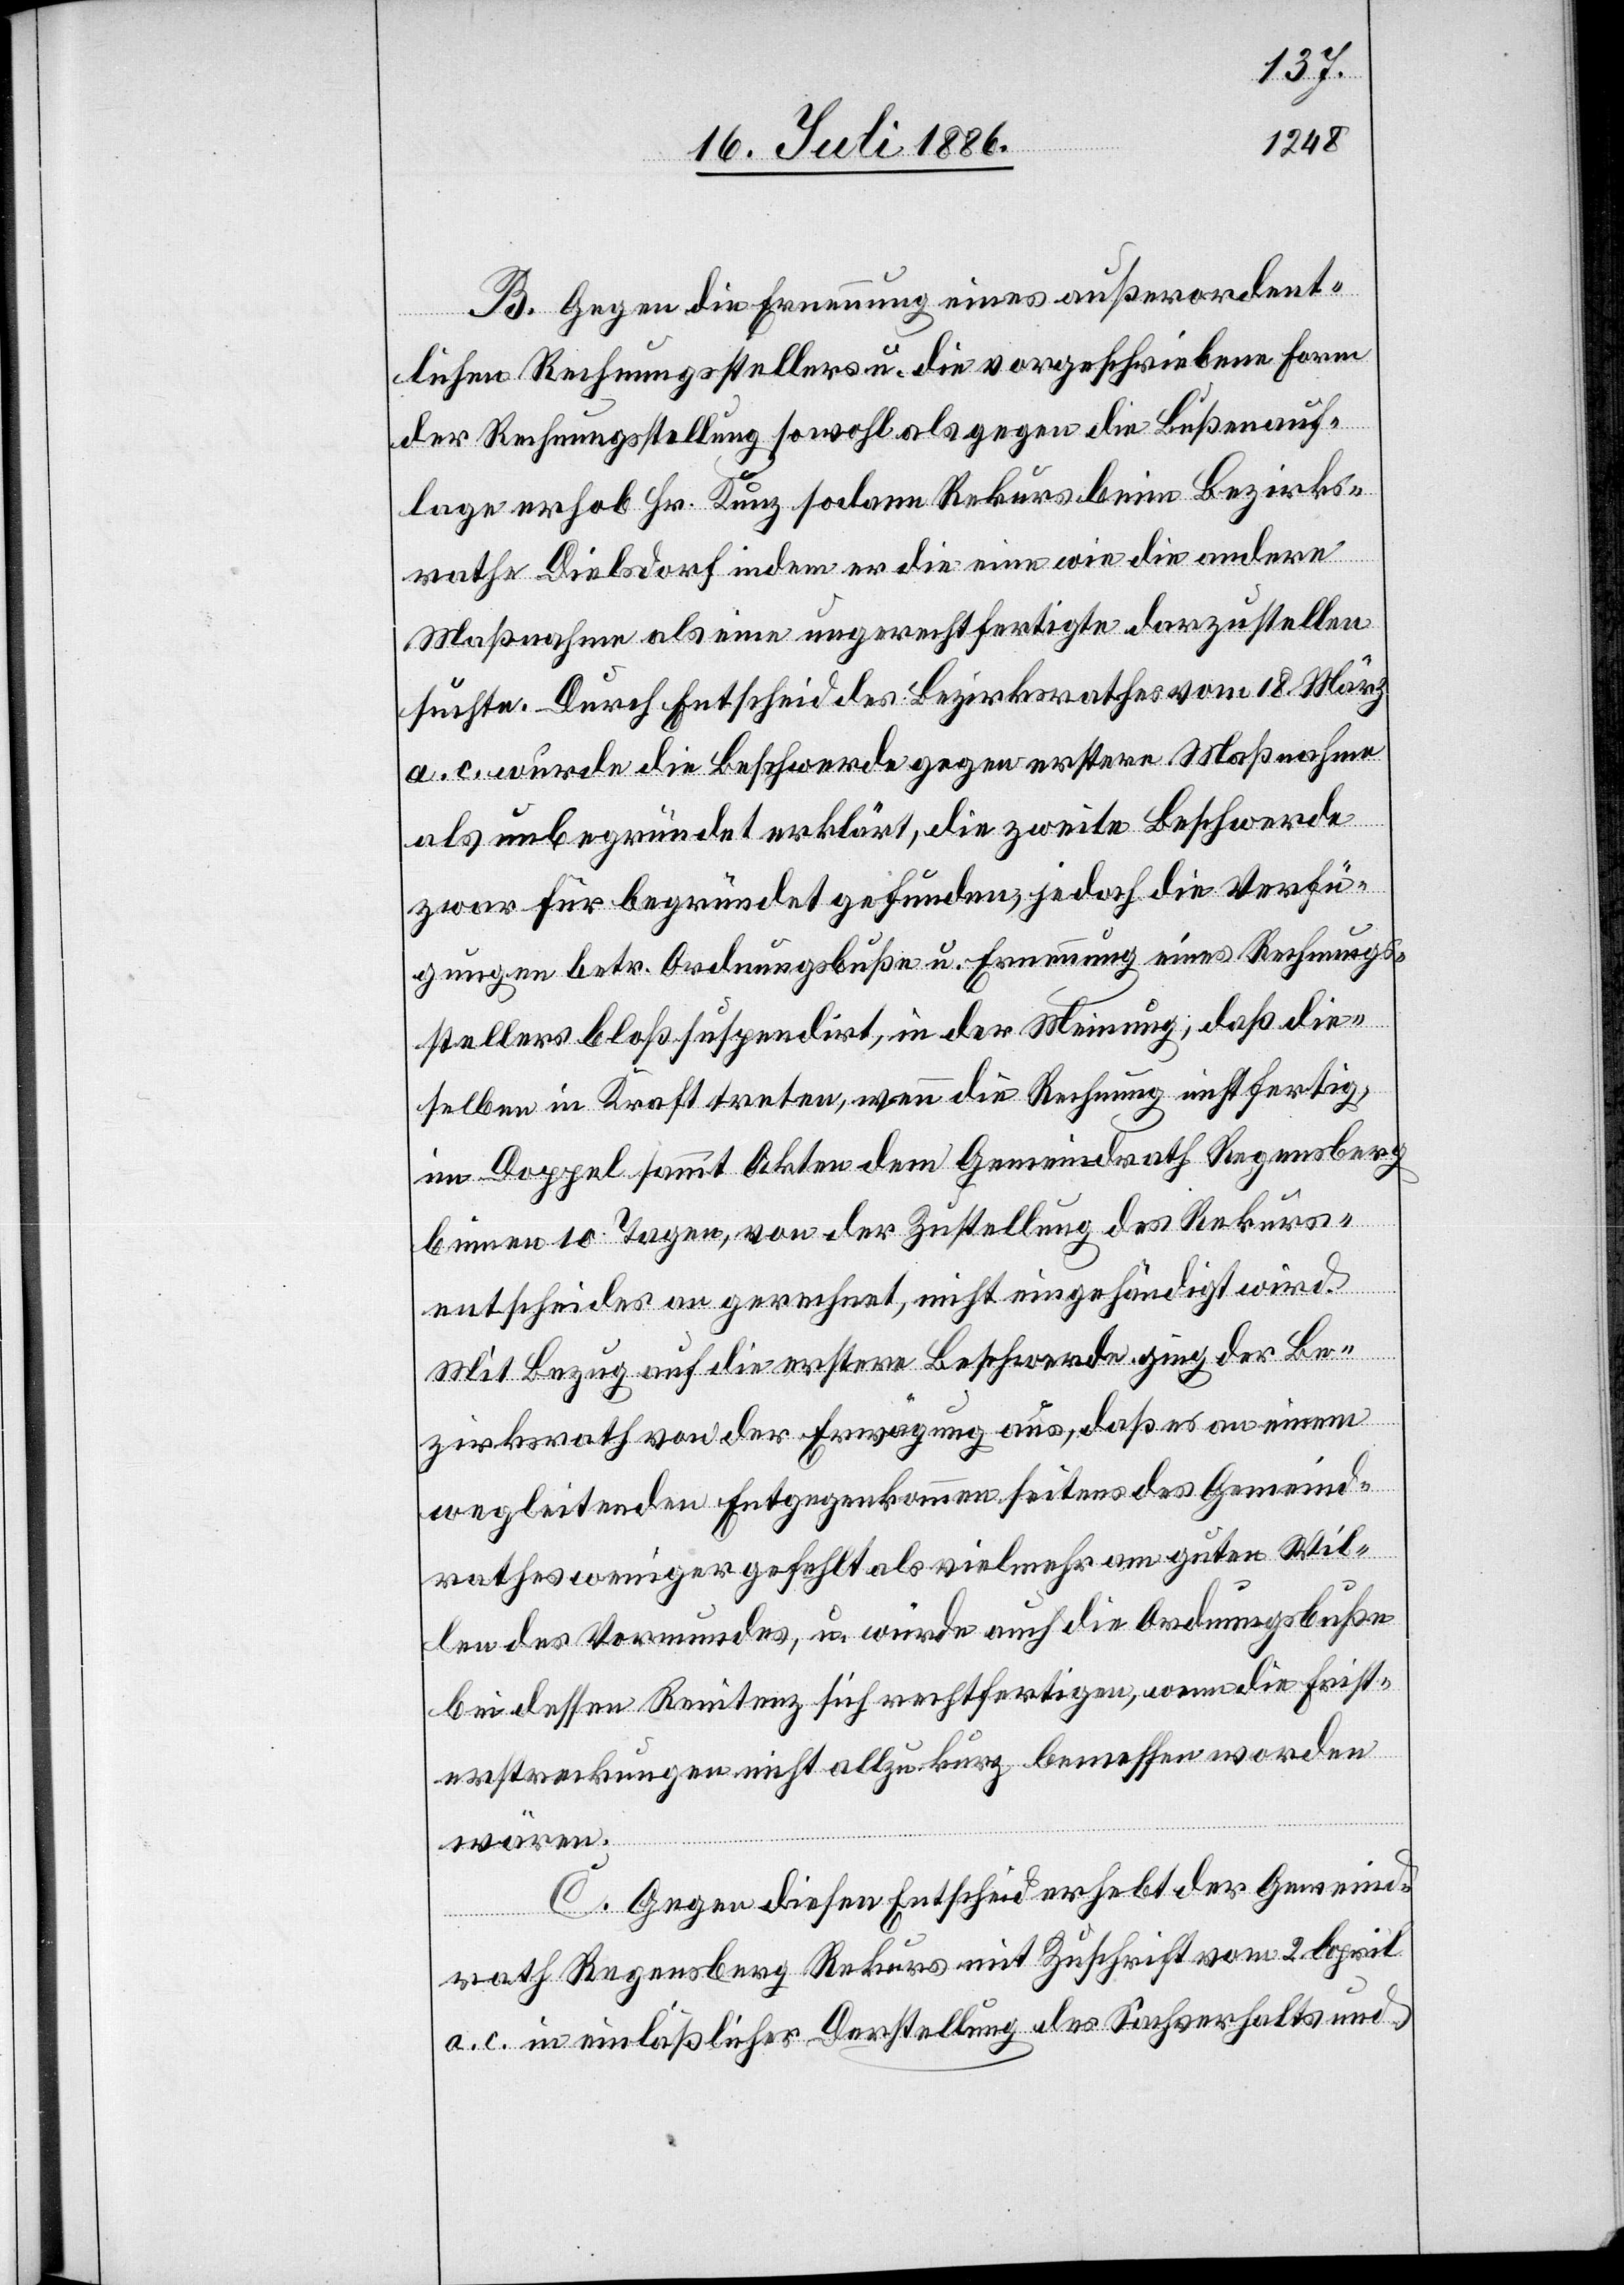
B. Gegen die Ernennung eines außerordent¬
lichen Rechnungsstellers u. die vorgeschriebene Form
der Rechnungsstellung sowohl als gegen die Bußenauf¬
lage erhob Hr. Kunz sodann Rekus beim Bezirks¬
rathe Dielsdorf indem er die eine wie die andere
Maßnahme als eine ungerechtfertigte darzustellen
suchte. Durch Entscheid des Bezirksrathes vom 18. März
a. c. wurde die Beschwerde gegen erstere Maßnahme
als unbegründet erklärt, die zweite Beschwerde
zwar für begründet gefunden, jedoch die Verfü¬
gungen betr. Ordnungsbuße u. Ernennung eines Rechnungs¬
stellers bloß suspendirt, in der Meinung, daß die¬
selben in Kraft treten, wenn die Rechnung nicht fertig,
im Doppel sammt Akten dem Gemeindrath Regensberg
binnen 10 Tagen, von der Zustellung des Rekurs¬
entscheides an gerechnet, nicht eingehändigt wird.
Mit Bezug auf die erstere Beschwerde ging der Be¬
zirksrath von der Erwägung aus, daß es an einem
wegleitenden Entgegenkommen seitens des Gemeind¬
rathes weniger gefehlt als vielmehr am guten Wil¬
len des Vormundes, u. würde auch die Ordnungsbuße
bei dessen Renitenz sich rechtfertigen, wenn die Frist¬
erstreckungen nicht allzu kurz bemessen worden
wären.
C. Gegen diesen Entscheid erhebt der Gemeind¬
rath Regensberg Rekurs mit Zuschrift vom 2. April
a. c. in einläßlicher Darstellung des Sachverhalts und